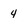
Character: 4